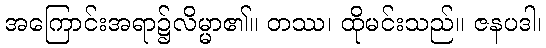
အကြောင်းအရာ၌လိမ္မာ၏။ တဿ၊ ထိုမင်းသည်။ ဇနပဒါ၊